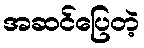
အဆင်ပြေတဲ့